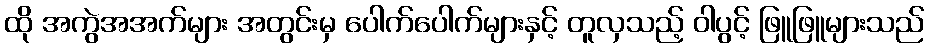
ထို အကွဲအအက်များ အတွင်းမှ ပေါက်ပေါက်များနှင့် တူလှသည့် ဝါပွင့် ဖြူဖြူများသည်